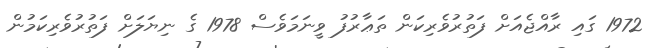
1972 ގައި ރާއްޖެއަށް ފަތުރުވެރިކަން ތަޢާރުފު ވީނަމަވެސް 1978 ގެ ނިޔަލަށް ފަތުރުވެރިކަމުން